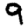
Digit: 9